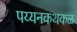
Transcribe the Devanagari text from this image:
पय्यनकथकळ